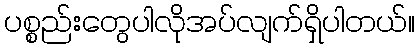
ပစ္စည်းတွေပါလိုအပ်လျက်ရှိပါတယ်။